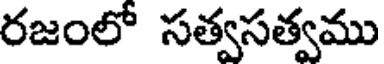
రజంలో సత్వసత్వము